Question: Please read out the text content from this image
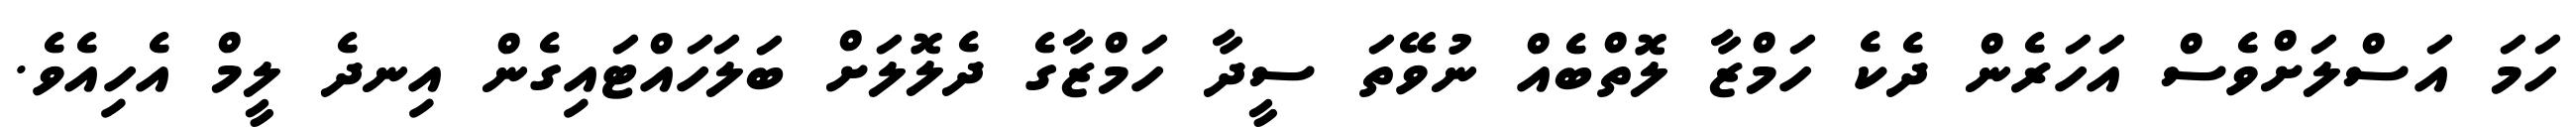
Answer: ހަމަ އަސްލަށްވެސް އަހަރެން ދެކެ ހަމްޒާ ލޮތްބެއް ނުވޭތަ ސީދާ ހަމްޒާގެ ދެލޮލަށް ބަލަހައްޓައިގެން އިނދެ ލީމް އެހިއެވެ.